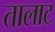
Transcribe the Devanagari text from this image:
तालाट